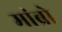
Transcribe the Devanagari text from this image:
मांब्रो